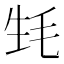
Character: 𣬺